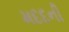
મદદની